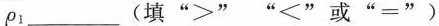
ρ_{1}___(填”>””<”或”=”)